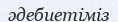
әдебиетіміз